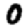
Digit: 0